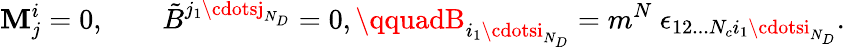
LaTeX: \mathbf{M}_{j}^{i}=0,\qquad\tilde{{B}}^{j_{1}\cdotsj_{N_{D}}}=0,\qquadB_{i_{1}\cdotsi_{N_{D}}}=m^{N}\ \epsilon_{12...N_{c}i_{1}\cdotsi_{N_{D}}}.